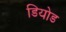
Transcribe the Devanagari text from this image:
डियोड